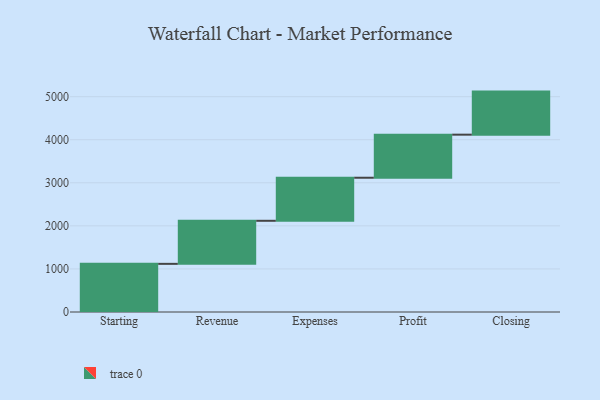
{"axis": {"x": "Step", "y": "Value"}, "legend": [""], "data": [{"x": "Starting", "y": 1118.0, "type": ""}, {"x": "Revenue", "y": 1000, "type": ""}, {"x": "Expenses", "y": 1000, "type": ""}, {"x": "Profit", "y": 1000, "type": ""}, {"x": "Closing", "y": 1000, "type": ""}]}